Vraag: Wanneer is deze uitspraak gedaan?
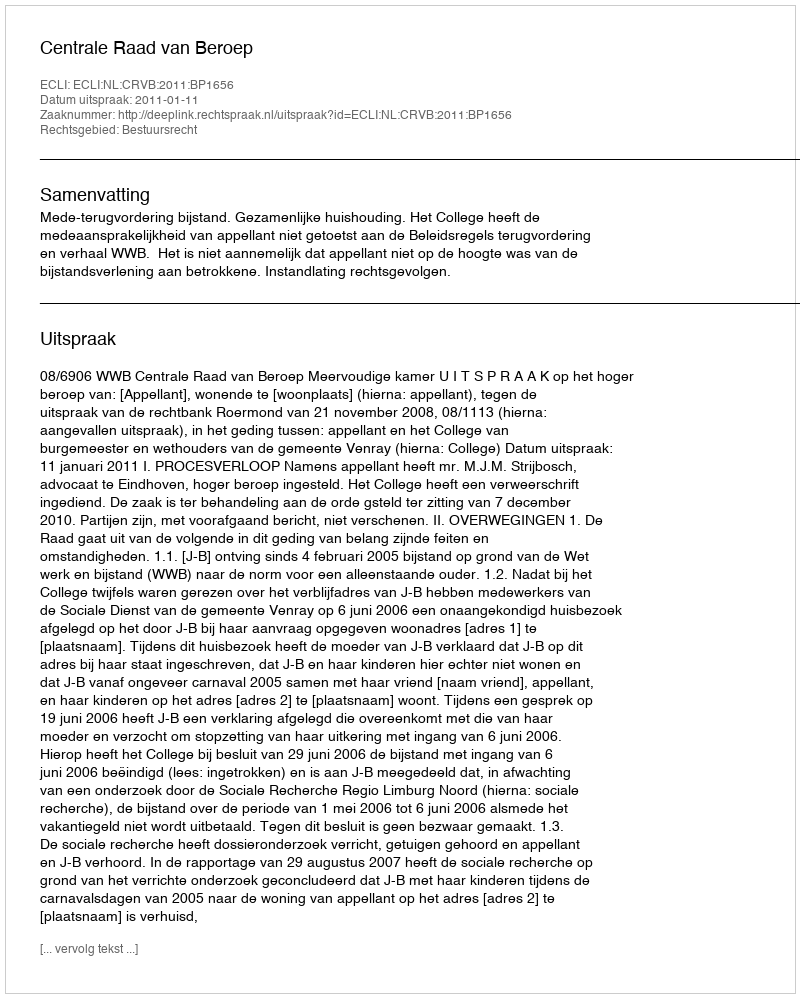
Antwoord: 2011-01-11